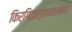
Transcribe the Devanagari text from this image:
किर्गिझस्तानासोबत